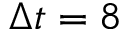
\Delta t = 8